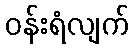
ဝန်းရံလျက်